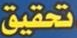
تحقيق